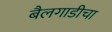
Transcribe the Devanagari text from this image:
बैलगाडीचा